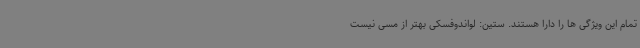
تمام این ویژگی ها را دارا هستند. ستین: لواندوفسکی بهتر از مسی نیست